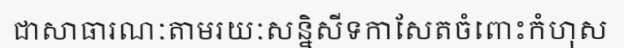
ជាសាធារណៈតាមរយៈសន្និសីទកាសែតចំពោះកំហុស